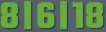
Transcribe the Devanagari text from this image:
८।६।१८